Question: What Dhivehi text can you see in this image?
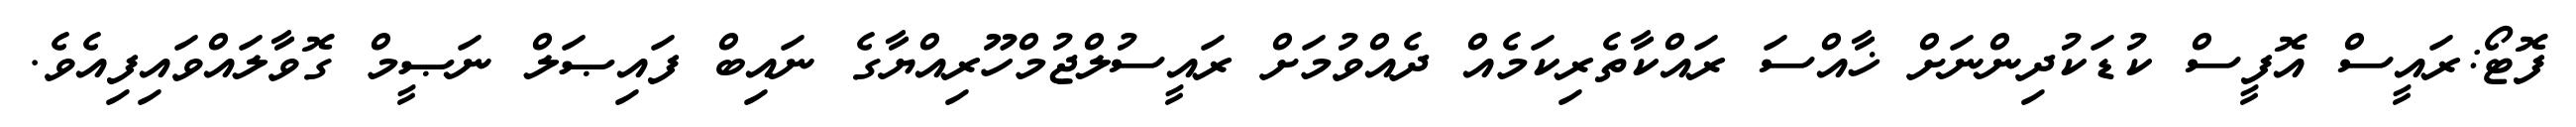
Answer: ފޮޓޯ:ރައީސް އޮފީސް ކުޑަކުދިންނަށް ޚާއްސަ ރައްކާތެރިކަމެއް ދެއްވުމަށް ރައީސުލްޖުމްހޫރިއްޔާގެ ނައިބް ފައިޞަލް ނަޞީމް ގޮވާލައްވައިފިއެވެ.